Leaving Certificate Examination (including Day School Certificate (Higher) General paper), 1931
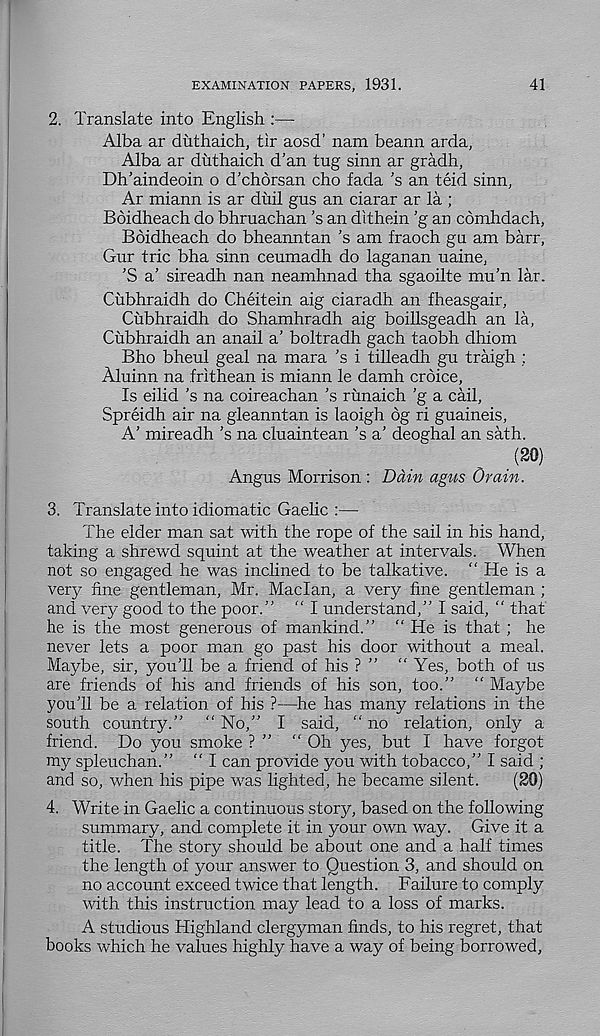
EXAMINATION PAPERS, 1931.
41
2. Translate into English :—
Alba ar duthaich, tir aosd’ nam beann arda,
Alba ar duthaich d’an tug sinn ar gradh,
Dh’aindeoin o d’chorsan cho fada's an teid sinn,
Ar miann is ar diiil gus an ciarar ar la ;
Boidheach do bhruachan’s an dithein 'g an comhdach,
Boidheach do bheanntan ’s am fraoch gu am barr,
Gur trie bha sinn ceumadh do laganan uaine,
\S a’ sireadh nan neamhnad tha sgaoilte mu’n lar.
Cubhraidh do Cheitein aig ciaradh an fheasgair,
Cubhraidh do Shamhradh aig boihsgeadh an la,
Cubhraidh an anail a’ boltradh gach taobh dhiom
Bho bheul geal na mara ’s i tiheadh gu traigh ;
Aluinn na frithean is miann le damh croice,
Is eilid’s na coireachan’s runaich ’g a cail,
Spreidh air na gleanntan is laoigh 6g ri guaineis,
A' mireadh’s na cluaintean ’s a’ deoghal an sath.
(20)
Angus Morrison : Dam agus drain.
3. Translate into idiomatic Gaelic :—
The elder man sat with the rope of the sail in bis hand,
taking a shrewd squint at the weather at intervals. When
not so engaged he was inclined to be talkative. “ He is a
very fine gentleman, Mr. Maclan, a very fine gentleman ;
and very good to the poor.” “ I understand,” I said, “ that
he is the most generous of mankind.” " He is that ; he
never lets a poor man go past his door without a meal.
Maybe, sir, you'll be a friend of his ? ” “ Yes, both of us
are friends of his and friends of his son, too.” “ Maybe
you’ll be a relation of his ?—he has many relations in the
south country.” “ No,” I said, “ no relation, only a
friend. Do you smoke ? ” “ Oh yes, but I have forgot
my spleuchan.” “ I can provide you with tobacco,” I said ;
and so, when his pipe was lighted, he became silent.
(20)
4. Write in Gaelic a continuous story, based on the following
summary, and complete it in your own way. Give it a
title. The story should be about one and a half times
the length of your answer to Question 3, and should on
no account exceed twice that length. Failure to comply
with this instruction may lead to a loss of marks.
A studious Highland clergyman finds, to his regret, that
books which he values highly have a way of being borrowed.